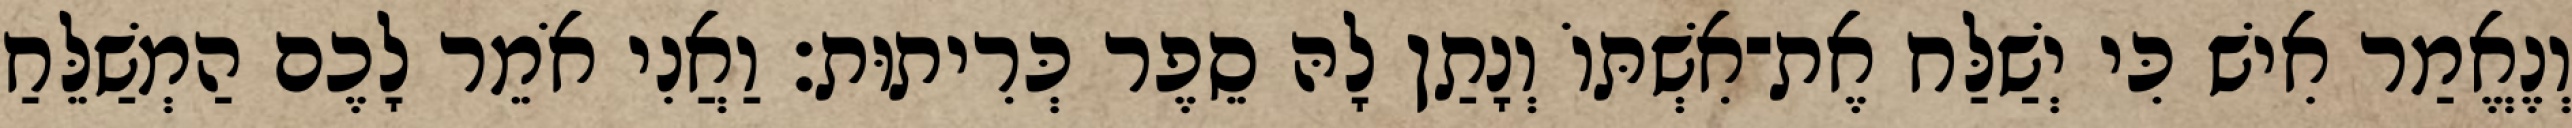
וְנֶאֱמַר אִישׁ כִּי יְשַׁלַּח אֶת־אִשְׁתּוֹ וְנָתַן לָהּ סֵפֶר כְּרִיתוּת׃ וַאֲנִי אֹמֵר לָכֶם הַמְשַׁלֵּחַ